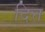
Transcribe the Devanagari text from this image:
दित्त